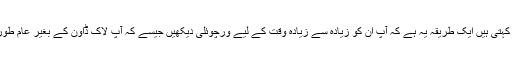
ڈاکٹر بسبی کہتی ہیں ایک طریقہ یہ ہے کہ آپ ان کو زیادہ سے زیادہ وقت کے لیے ورچوئلی دیکھیں جیسے کہ آپ لاک ڈاون کے بغیر عام طور پر کرتے۔